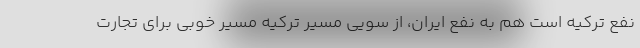
نفع ترکیه است هم به نفع ایران، از سویی مسیر ترکیه مسیر خوبی برای تجارت